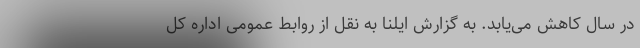
در سال کاهش می‌یابد. به گزارش ایلنا به نقل از روابط عمومی اداره کل